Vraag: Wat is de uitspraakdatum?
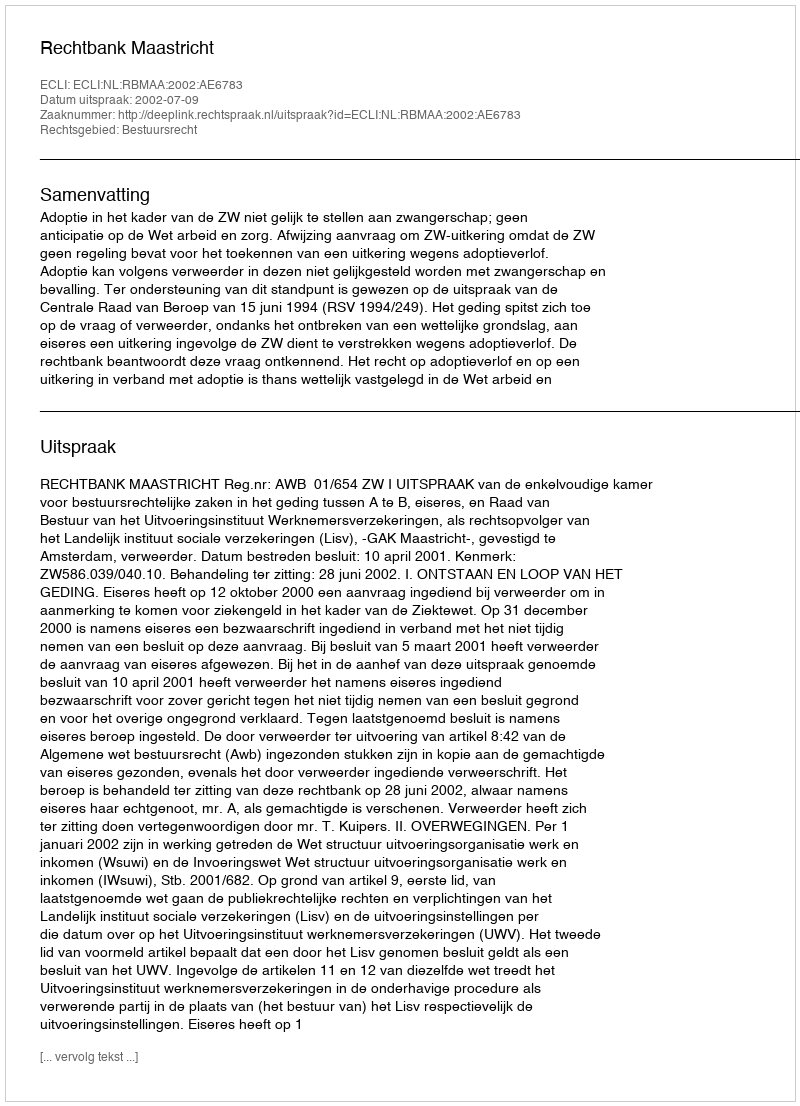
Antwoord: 2002-07-09